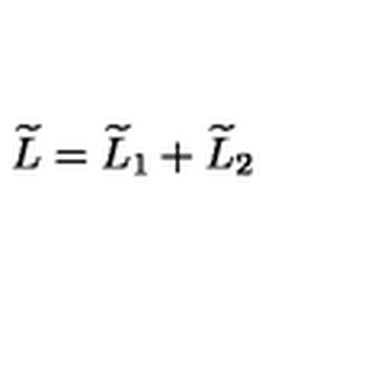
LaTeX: \widetilde { L } = \widetilde { L } _ { 1 } + \widetilde { L } _ { 2 }